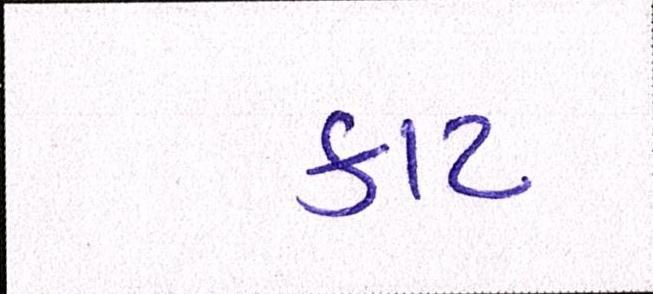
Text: કાટ